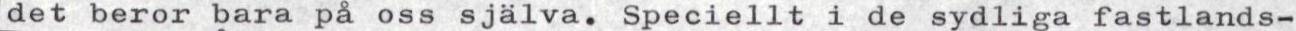
det beror bara på oss själva. Speciellt i de sydliga fastlands-